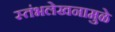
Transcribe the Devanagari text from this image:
स्तंभलेखनामुळे